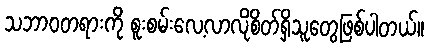
သဘာဝတရားကို စူးစမ်းလေ့လာလိုစိတ်ရှိသူတွေဖြစ်ပါတယ်။